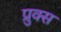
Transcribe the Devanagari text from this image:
प्रुक्स